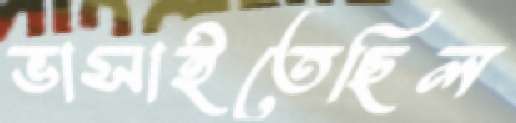
ভাসাইতেছিল